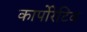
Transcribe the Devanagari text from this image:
कार्पोरेटिव